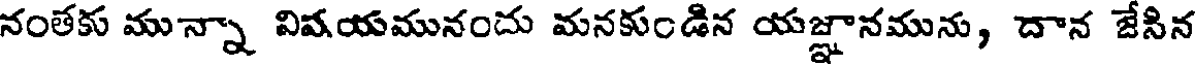
నంతకు మున్నా విషయమునందు మనకుండిన యజ్ఞానమును, దాన జేసిన